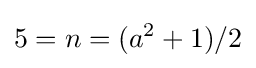
5=n=(a^{2}+1)/2